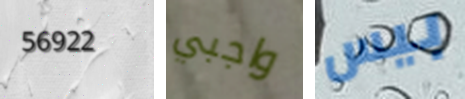
56922 واجبي بيس